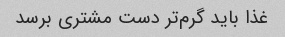
غذا باید گرم‌تر دست مشتری برسد